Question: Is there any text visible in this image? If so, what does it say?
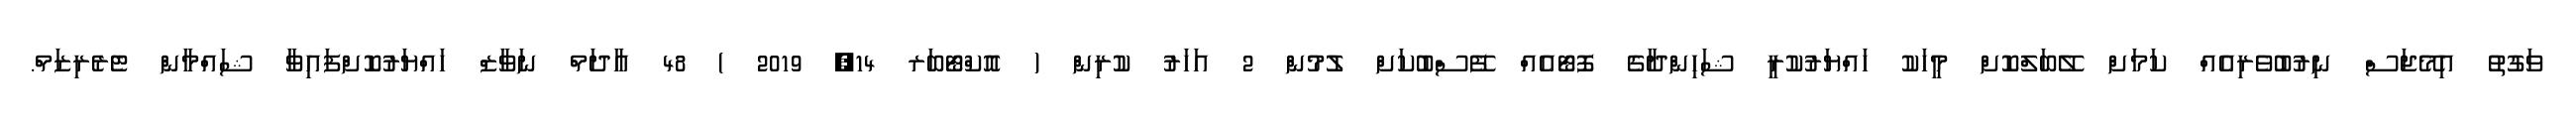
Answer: ވަގުތު އިމޭޖަސް ނިރުބުވެރިއެއް ކަމަށް ލޭބަލްކޮށް މީހަކު ހައްޔަރުކުރީ ޝަހިންދާގެ ފޮޓޯއެއް ފޭސްބުކަށް ލުމުން 2 އަހަރު ކުރިން ( އޮކްޓޯބަރ 14, 2019 ) 48 އާދަމް ނަވާޒް ހައްޔަރުކޮށްފައިވާ ޝައްމާން ޓެރެރިޒަމް.